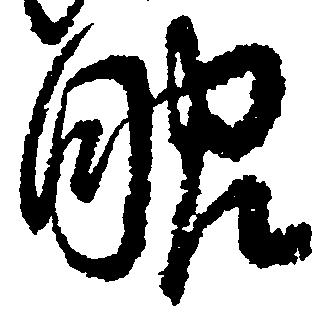
眼